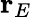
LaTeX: {\mathbf r}_{E}